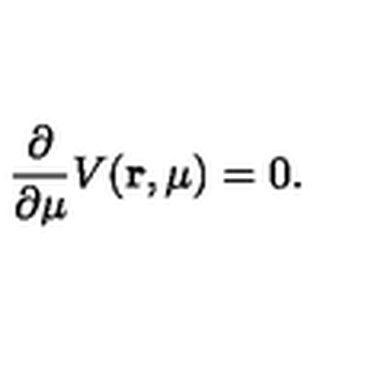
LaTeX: \frac { \partial } { \partial \mu } V ( { \bf r } , \mu ) = 0 .